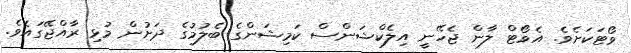
ވޯޓަކަށެވެ. އެވޯޓް ލާން ޖެހޭނީ އިލެކްޝަންސް ކަމިޝަންގެ ބެލުމުގެ ދަށުން މުޅި ރާއްޖޭގައެވެ.